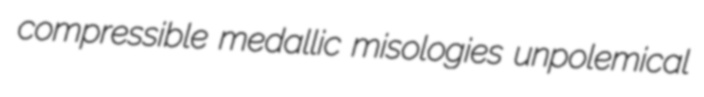
compressible medallic misologies unpolemical